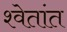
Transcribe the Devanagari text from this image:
श्वेतांत